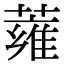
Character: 蕹